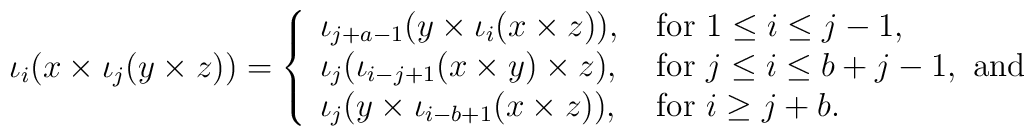
\iota_i(x\times \iota_j(y\times z)) =\left\{\begin{array}{ll}\iota_{j+a-1}(y\times \iota_i(x\times z)),&\mbox{ for }1\leq i\leq j-1,\\\iota_j(\iota_{i-j+1}(x\times y)\times z),&\mbox{ for }j\leq i \leq b+j-1, \mbox{ and}\\\iota_j(y\times \iota_{i-b+1}(x\times z)),&\mbox{ for }i\geq j+b.\end{array}\right.